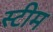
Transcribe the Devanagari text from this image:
स्‍टीम